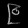
Digit: ၉